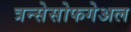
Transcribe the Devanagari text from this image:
त्रन्सेसोफगेअल